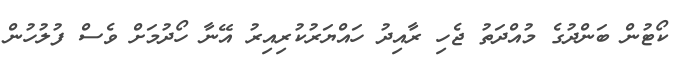
ކޯޓުން ބަންދުގެ މުއްދަތު ޖެހި ރާއިދު ހައްޔަރުކުރިއިރު އޭނާ ހޯދުމަށް ވެސް ފުލުހުން